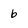
Character: b